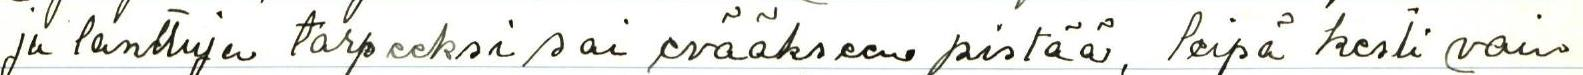
ja lanttuja tarpeeksi sai evääkseen pistää, leipä kesti vain